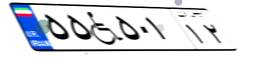
۱۵W۴۱۶۸۱